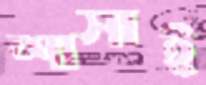
শাসাই